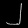
Digit: ၂